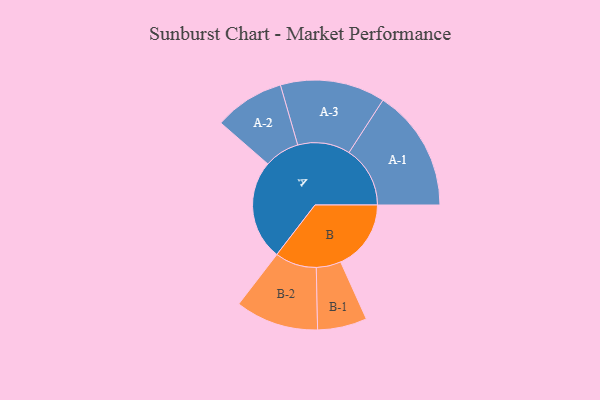
{"axis": {"x": "Segment", "y": "Value"}, "legend": ["", "A", "B"], "data": [{"x": "A", "y": 486, "type": ""}, {"x": "B", "y": 342, "type": ""}, {"x": "A-1", "y": 297, "type": "A"}, {"x": "A-2", "y": 171, "type": "A"}, {"x": "A-3", "y": 255, "type": "A"}, {"x": "B-1", "y": 120, "type": "B"}, {"x": "B-2", "y": 202, "type": "B"}]}